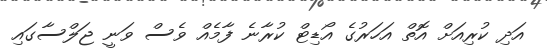
އަދި ކުރިއަށް އޮތް އަހަރުގެ އޯޑިޓް ކުރާނެ ފާމެއް ވެސް ވަނީ ޖަލްސާގައި